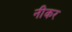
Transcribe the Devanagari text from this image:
नीकर